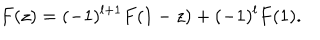
F ( z ) = ( - 1 ) ^ { l + 1 } F ( 1 - z ) + ( - 1 ) ^ { l } F ( 1 ) .